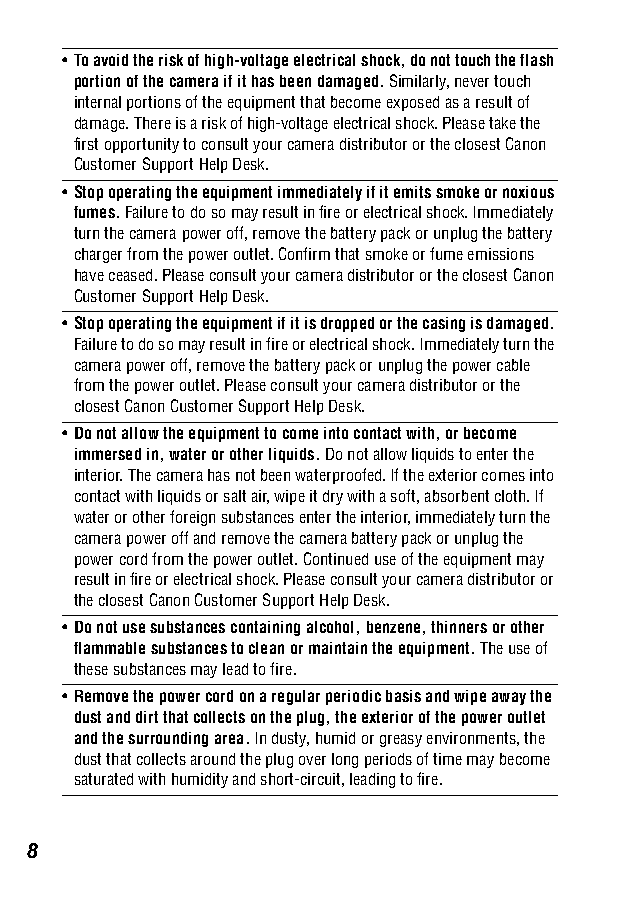
•To avoid the risk of high-voltage electrical shock, do not touch the flash
 portion of the camera if it has been damaged. Similarly, never touch
 internal portions of the equipment that become exposed as a result of
 damage. There is a risk of high-voltage electrical shock. Please take the
 first opportunity to consult your camera distributor or the closest Canon
 Customer Support Help Desk.
 •Stop operating the equipment immediately if it emits smoke or noxious
 fumes. Failure to do so may result in fire or electrical shock. Immediately
 turn the camera power off, remove the battery pack or unplug the battery
 charger from the power outlet. Confirm that smoke or fume emissions
 have ceased. Please consult your camera distributor or the closest Canon
 Customer Support Help Desk.
 •Stop operating the equipment if it is dropped or the casing is damaged.
 Failure to do so may result in fire or electrical shock. Immediately turn the
 camera power off, remove the battery pack or unplug the power cable
 from the power outlet. Please consult your camera distributor or the
 closest Canon Customer Support Help Desk.
 •Do not allow the equipment to come into contact with, or become
 immersed in, water or other liquids. Do not allow liquids to enter the
 interior. The camera has not been waterproofed. If the exterior comes into
 contact with liquids or salt air, wipe it dry with a soft, absorbent cloth. If
 water or other foreign substances enter the interior, immediately turn the
 camera power off and remove the camera battery pack or unplug the
 power cord from the power outlet. Continued use of the equipment may
 result in fire or electrical shock. Please consult your camera distributor or
 the closest Canon Customer Support Help Desk.
 •Do not use substances containing alcohol, benzene, thinners or other
 flammable substances to clean or maintain the equipment. The use of
 these substances may lead to fire.
 •Remove the power cord on a regular periodic basis and wipe away the
 dust and dirt that collects on the plug, the exterior of the power outlet
 and the surrounding area. In dusty, humid or greasy environments, the
 dust that collects around the plug over long periods of time may become
 saturated with humidity and short-circuit, leading to fire.
 8